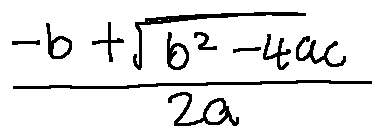
\frac { - b + \sqrt { b ^ { 2 } - 4 a c } } { 2 a }